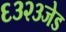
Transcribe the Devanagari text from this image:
६३२३जेड